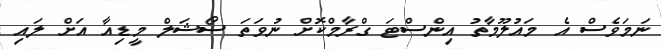
ނަމަވެސް އެ މައުލޫމާތު އިންސްޓަ ގްރާމްކޮށް ނުވަތަ ސޯޝަލް މީޑިއާ އަށް ލައި